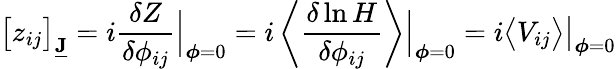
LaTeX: \big[z_{ij}\big]_{\underline{{\mathbf{J}}}}=i\frac{\delta Z}{\delta\phi_{ij}}\Big|_{\boldsymbol{\phi}=0}=i\left\langle\frac{\delta\ln H}{\delta\phi_{ij}}\right\rangle\Big|_{\boldsymbol{\phi}=0}=i\big\langle V_{ij}\big\rangle\big|_{\boldsymbol{\phi}=0}